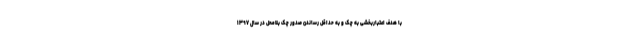
با هدف اعتباربخشی به چک و به حداقل رساندن صدور چک بلامحل در سال ۱۳۹۷